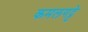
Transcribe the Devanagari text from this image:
कमलगट्टे